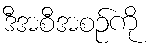
ဒီအစီအစဉ်ကို